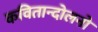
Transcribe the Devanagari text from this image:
कवितान्दोलनो